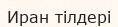
Иран тілдері